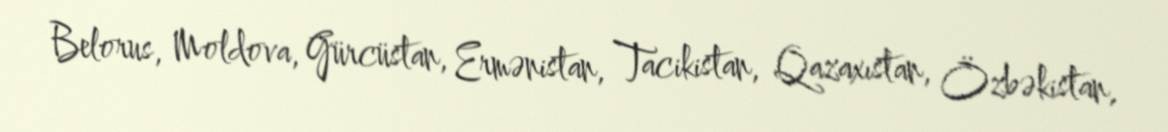
Belorus, Moldova, Gürcüstan, Ermənistan, Tacikistan, Qazaxıstan, Özbəkistan,